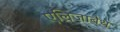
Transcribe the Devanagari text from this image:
एलिजाबैथ